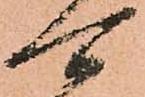
可